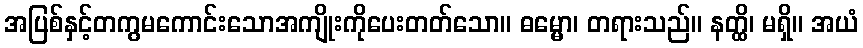
အပြစ်နှင့်တကွမကောင်းသောအကျိုးကိုပေးတတ်သော။ ဓမ္မော၊ တရားသည်။ နတ္ထိ၊ မရှိ။ အယံ